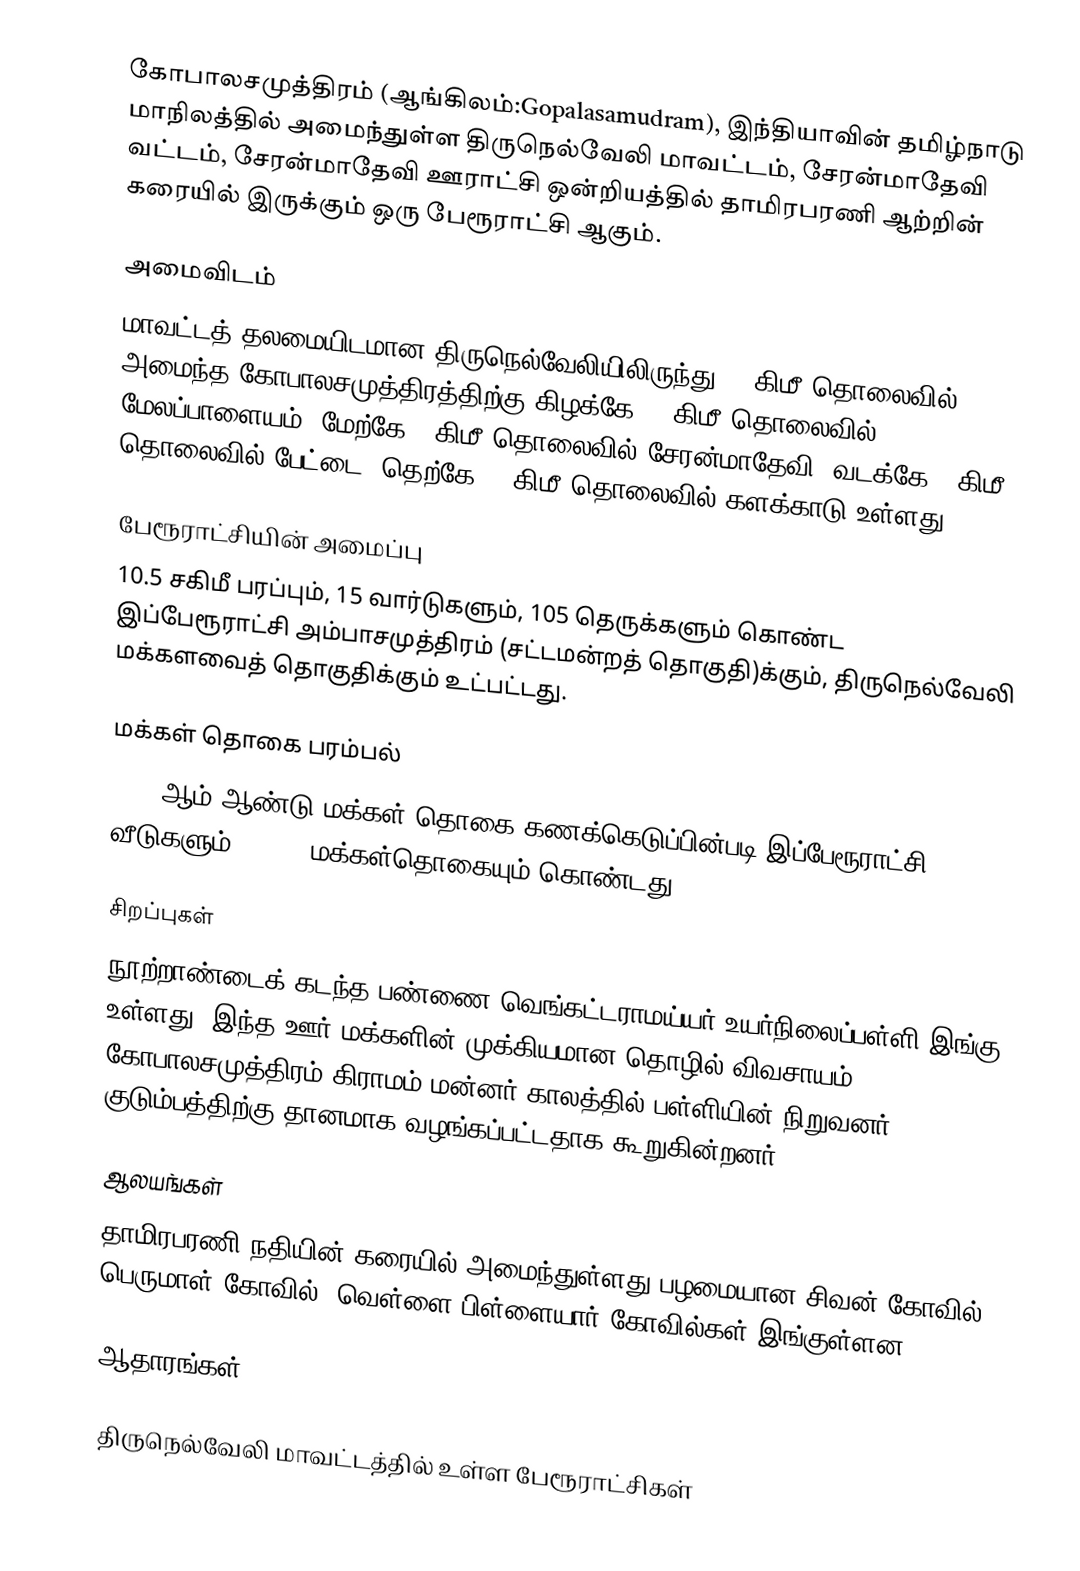
கோபாலசமுத்திரம் (ஆங்கிலம்:Gopalasamudram), இந்தியாவின் தமிழ்நாடு மாநிலத்தில் அமைந்துள்ள திருநெல்வேலி மாவட்டம்,  சேரன்மாதேவி வட்டம்,  சேரன்மாதேவி ஊராட்சி ஒன்றியத்தில் தாமிரபரணி ஆற்றின் கரையில் இருக்கும் ஒரு பேரூராட்சி ஆகும்.

அமைவிடம்
மாவட்டத் தலமையிடமான திருநெல்வேலியிலிருந்து 14 கிமீ தொலைவில் அமைந்த கோபாலசமுத்திரத்திற்கு கிழக்கே 10 கிமீ தொலைவில் மேலப்பாளையம், மேற்கே 9 கிமீ தொலைவில் சேரன்மாதேவி; வடக்கே 4 கிமீ தொலைவில் பேட்டை; தெற்கே 22 கிமீ தொலைவில் களக்காடு உள்ளது.

பேரூராட்சியின் அமைப்பு
10.5 சகிமீ பரப்பும், 15 வார்டுகளும்,  105 தெருக்களும் கொண்ட இப்பேரூராட்சி  அம்பாசமுத்திரம் (சட்டமன்றத் தொகுதி)க்கும், திருநெல்வேலி மக்களவைத் தொகுதிக்கும் உட்பட்டது.

மக்கள் தொகை பரம்பல்
2011-ஆம் ஆண்டு மக்கள் தொகை கணக்கெடுப்பின்படி  இப்பேரூராட்சி 2890 வீடுகளும், 10694 மக்கள்தொகையும் கொண்டது.

சிறப்புகள்
நூற்றாண்டைக் கடந்த பண்ணை வெங்கட்டராமய்யர் உயர்நிலைப்பள்ளி இங்கு உள்ளது. இந்த ஊர் மக்களின் முக்கியமான தொழில் விவசாயம் கோபாலசமுத்திரம் கிராமம் மன்னர் காலத்தில் பள்ளியின் நிறுவனர் குடும்பத்திற்கு தானமாக வழங்கப்பட்டதாக கூறுகின்றனர்.

ஆலயங்கள்
தாமிரபரணி நதியின் கரையில் அமைந்துள்ளது பழமையான சிவன் கோவில், பெருமாள் கோவில், வெள்ளை பிள்ளையார் கோவில்கள் இங்குள்ளன.

ஆதாரங்கள்

திருநெல்வேலி மாவட்டத்தில் உள்ள பேரூராட்சிகள்